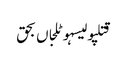
قتلپولیسہوٹلجاں بحق